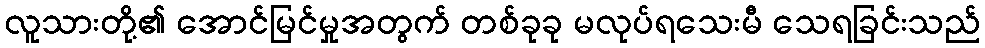
လူသားတို့၏ အောင်မြင်မှုအတွက် တစ်ခုခု မလုပ်ရသေးမီ သေရခြင်းသည်